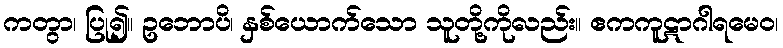
ကတွာ၊ ပြု၍။ ဥဘောပိ၊ နှစ်ယောက်သော သူတို့ကိုလည်း။ ဧကကူဋာဂါရမေဝ၊